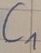
Text: C1